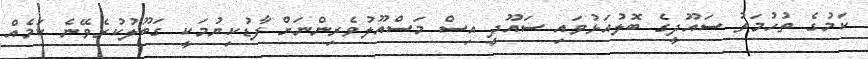
ކަމުގެ ތުހުމަތު ސައޫދީގެ ބޮލުއަޅުވައި ސައޫދީ އިސް މަސްއޫލުވެރިންނަށް ފާޑުކިޔުމަކީ ގަބޫލުކުރެވޭނެ ކަމެއް